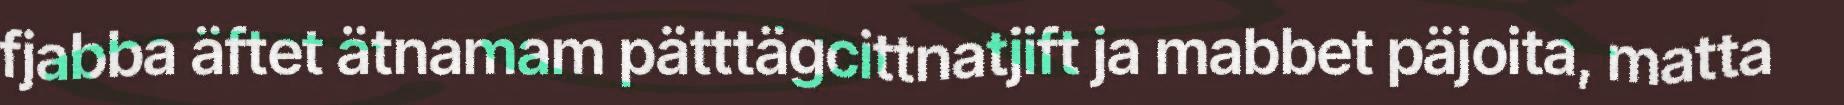
fjabba äftet ätnamam pätttägcittnatjift ja mabbet päjoita, matta